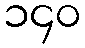
၁၄၀